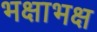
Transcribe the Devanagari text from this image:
भक्षाभक्ष